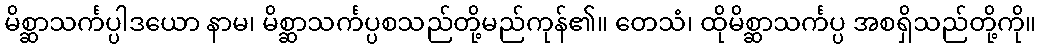
မိစ္ဆာသင်္ကပ္ပါဒယော နာမ၊ မိစ္ဆာသင်္ကပ္ပစသည်တို့မည်ကုန်၏။ တေသံ၊ ထိုမိစ္ဆာသင်္ကပ္ပ အစရှိသည်တို့ကို။